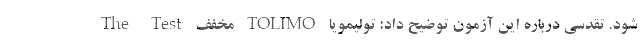
شود. تقدسی درباره این آزمون توضیح داد: تولیمویا TOLIMO مخفف The Test